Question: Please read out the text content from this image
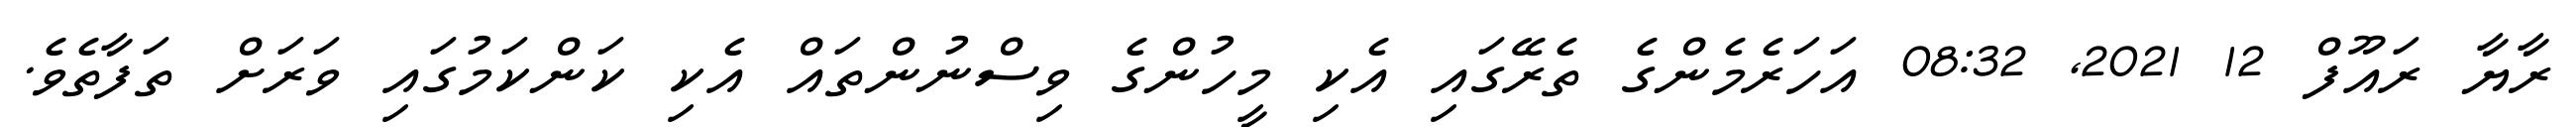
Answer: ރާޔާ ރައޫފް 12 2021, 08:32 އަހަރެމެންގެ ތެރޭގައި އެކި މީހުންގެ ވިސްނުންތައް އެކި ކަންކަމުގައި ވަރަށް ތަފާތެވެ.